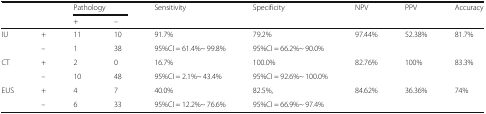
<table><thead><tr><td rowspan="2" colspan="2"></td><td colspan="2"><b>Pathology</b></td><td rowspan="2"><b>Sensitivity</b></td><td rowspan="2"><b>Specificity</b></td><td rowspan="2"><b>NPV</b></td><td rowspan="2"><b>PPV</b></td><td rowspan="2"><b>Accuracy</b></td></tr><tr><td><b>+</b></td><td><b>–</b></td></tr></thead><tbody><tr><td>IU</td><td>+</td><td>11</td><td>10</td><td>91.7%</td><td>79.2%</td><td>97.44%</td><td>52.38%</td><td>81.7%</td></tr><tr><td></td><td>–</td><td>1</td><td>38</td><td>95%CI = 61.4%~ 99.8%</td><td>95%CI = 66.2%~ 90.0%</td><td colspan="3"></td></tr><tr><td>CT</td><td>+</td><td>2</td><td>0</td><td>16.7%</td><td>100.0%</td><td>82.76%</td><td>100%</td><td>83.3%</td></tr><tr><td></td><td>–</td><td>10</td><td>48</td><td>95%CI = 2.1%~ 43.4%</td><td>95%CI = 92.6%~ 100.0%</td><td colspan="3"></td></tr><tr><td>EUS</td><td>+</td><td>4</td><td>7</td><td>40.0%</td><td>82.5%,</td><td>84.62%</td><td>36.36%</td><td>74%</td></tr><tr><td></td><td>–</td><td>6</td><td>33</td><td>95%CI = 12.2%~ 76.6%</td><td>95%CI = 66.9%~ 97.4%</td><td colspan="3"></td></tr></tbody></table>